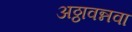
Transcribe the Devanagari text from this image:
अठ्ठावन्नवा